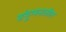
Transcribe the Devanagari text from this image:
संयुग्मनातील